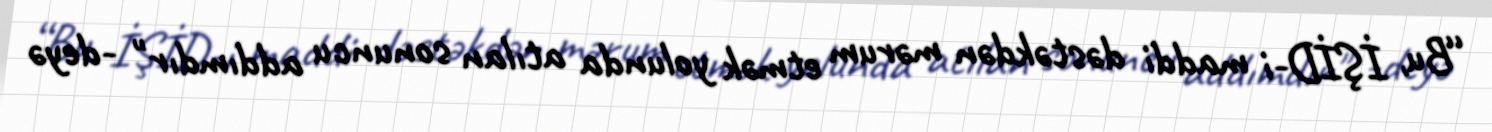
“Bu, İŞİD-i maddi dəstəkdən mərum etmək yolunda atılan sonuncu addımdır" -deyə